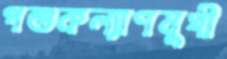
পশুকল্যাণমুখী